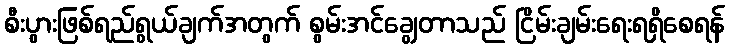
စီးပွားဖြစ်ရည်ရွယ်ချက်အတွက် စွမ်းအင်ချွေတာသည် ငြိမ်းချမ်းရေးရရှိစေရန်